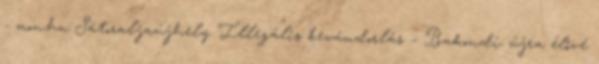
- mon.hu Sátoraljaújhely Illegális bevándorlás – Bakondi: újra élővé